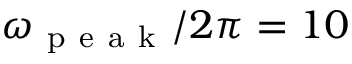
\omega _ { \mathrm { ~ p ~ e ~ a ~ k ~ } } / 2 \pi = 1 0